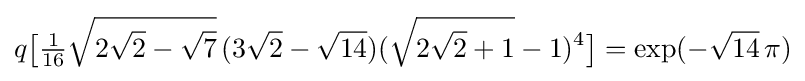
q{\bigl [}{\tfrac {1}{16}}{\sqrt {2{\sqrt {2}}-{\sqrt {7}}}}\,(3{\sqrt {2}}-{\sqrt {14}})({\sqrt {2{\sqrt {2}}+1}}-1)^{4}{\bigr ]}=\exp(-{\sqrt {14}}\,\pi )